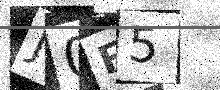
Text: J0F5